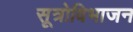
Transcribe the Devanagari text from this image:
सूत्रोविभाजन